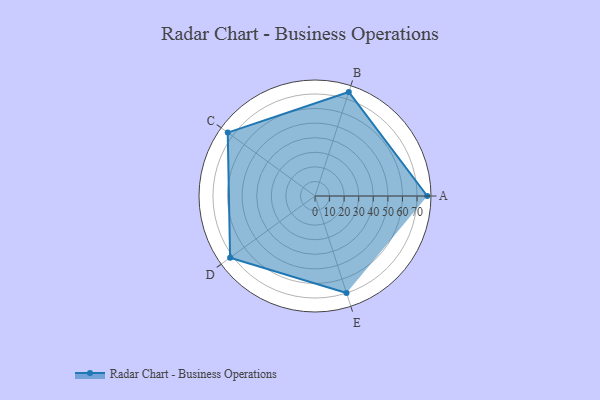
{"axis": {"x": "Skill", "y": "Score"}, "legend": ["Profile"], "data": [{"x": "A", "y": 77.0, "type": "Profile"}, {"x": "B", "y": 75.0, "type": "Profile"}, {"x": "C", "y": 74.0, "type": "Profile"}, {"x": "D", "y": 72.0, "type": "Profile"}, {"x": "E", "y": 70.0, "type": "Profile"}]}